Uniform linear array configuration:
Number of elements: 48
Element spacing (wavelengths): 0.25
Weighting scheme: binomial
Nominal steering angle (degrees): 15
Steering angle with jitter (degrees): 13.26
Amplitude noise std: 0.05
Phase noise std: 0.05

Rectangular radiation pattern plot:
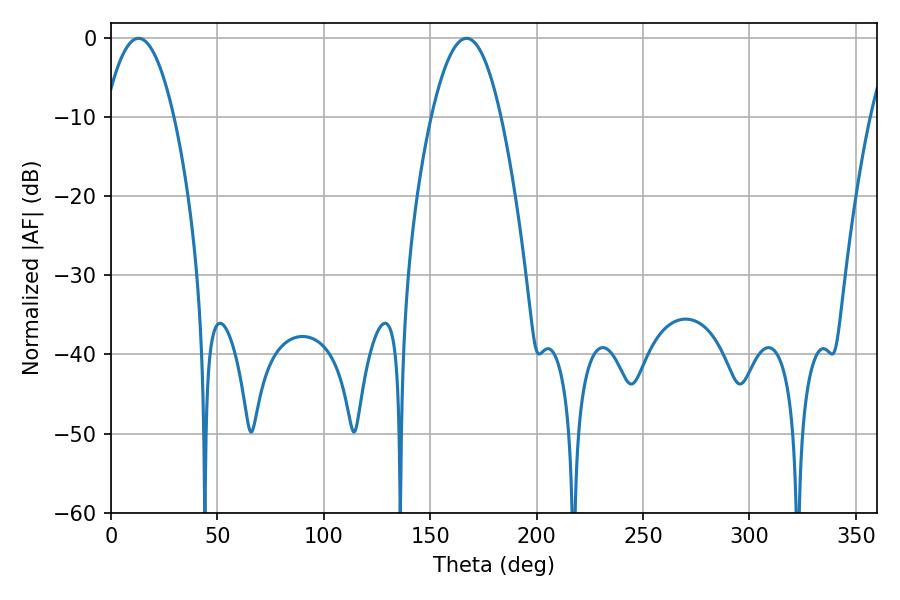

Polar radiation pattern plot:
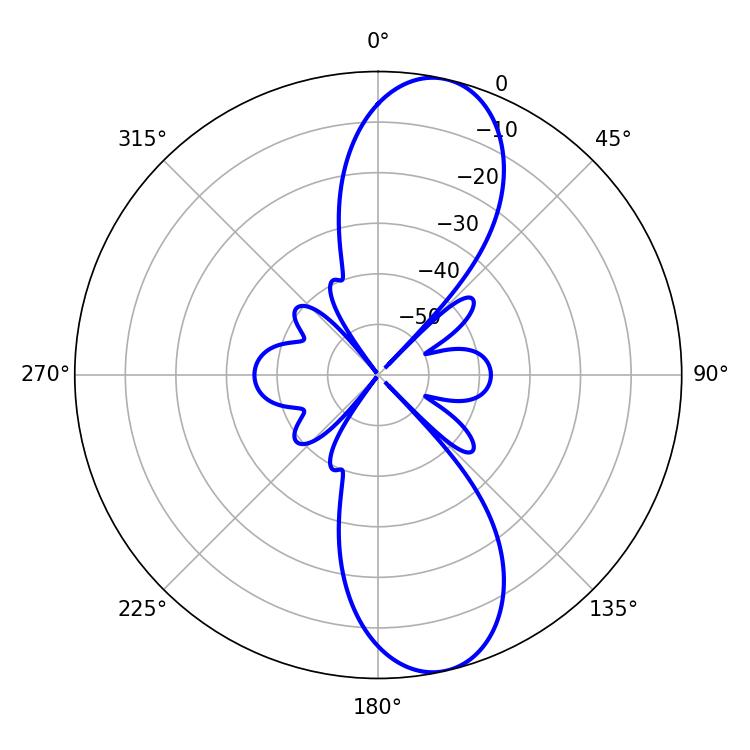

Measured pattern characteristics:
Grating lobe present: FALSE
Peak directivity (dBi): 11.248
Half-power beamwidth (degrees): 17.82
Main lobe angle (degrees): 12.96